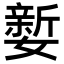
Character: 㜪